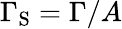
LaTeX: \Gamma_{\mathrm{S}}=\Gamma/A